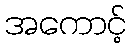
အကောင့်